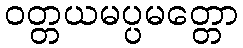
ဝတ္တယမပ္ပမတ္တော